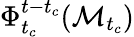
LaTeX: \Phi_{t_{c}}^{t-t_{c}}(\mathcal{M}_{t_{c}})